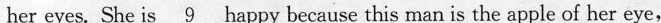
her eyes. She is \underline{9} happy because this nan is the apple of her eye,